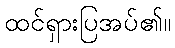
ထင်ရှားပြအပ်၏။